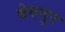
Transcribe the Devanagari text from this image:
बेदनुर